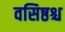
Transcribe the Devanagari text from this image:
वसिष्ठश्च